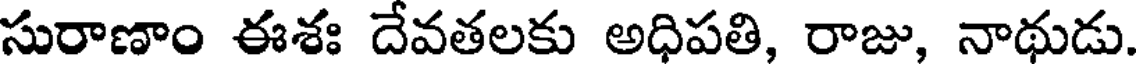
సురాణాం ఈశః దేవతలకు అధిపతి, రాజు, నాథుడు